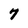
Character: 7